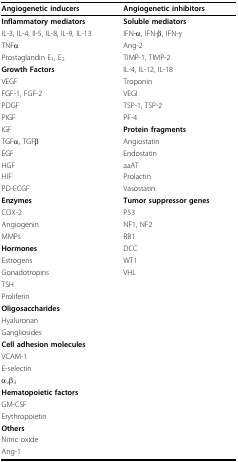
<table><thead><tr><td><b>Angiogenetic inducers</b></td><td><b>Angiogenetic inhibitors</b></td></tr></thead><tbody><tr><td><b>Inflammatory mediators</b></td><td><b>Soluble mediators</b></td></tr><tr><td>IL-3, IL-4, Il-5, IL-8, IL-9, IL-13</td><td>IFN-α, IFN-β, IFN-γ</td></tr><tr><td>TNFα</td><td>Ang-2</td></tr><tr><td>Prostaglandin E<sub>1</sub>, E<sub>2</sub></td><td>TIMP-1, TIMP-2</td></tr><tr><td><b>Growth Factors</b></td><td>IL-4, IL-12, IL-18</td></tr><tr><td>VEGF</td><td>Troponin</td></tr><tr><td>FGF-1, FGF-2</td><td>VEGI</td></tr><tr><td>PDGF</td><td>TSP-1, TSP-2</td></tr><tr><td>PIGF</td><td>PF-4</td></tr><tr><td>IGF</td><td><b>Protein fragments</b></td></tr><tr><td>TGFα, TGFβ</td><td>Angiostatin</td></tr><tr><td>EGF</td><td>Endostatin</td></tr><tr><td>HGF</td><td>aaAT</td></tr><tr><td>HIF</td><td>Prolactin</td></tr><tr><td>PD-ECGF</td><td>Vasostatin</td></tr><tr><td><b>Enzymes</b></td><td><b>Tumor suppressor genes</b></td></tr><tr><td>COX-2</td><td>P53</td></tr><tr><td>Angiogenin</td><td>NF1, NF2</td></tr><tr><td>MMPs</td><td>RB1</td></tr><tr><td><b>Hormones</b></td><td>DCC</td></tr><tr><td>Estrogens</td><td>WT1</td></tr><tr><td>Gonadotropins</td><td>VHL</td></tr><tr><td>TSH</td><td></td></tr><tr><td>Proliferin</td><td></td></tr><tr><td><b>Oligosaccharides</b></td><td></td></tr><tr><td>Hyaluronan</td><td></td></tr><tr><td>Gangliosides</td><td></td></tr><tr><td><b>Cell adhesion molecules</b></td><td></td></tr><tr><td>VCAM-1</td><td></td></tr><tr><td>E-selectin</td><td></td></tr><tr><td>α<sub>v</sub>β<sub>3</sub></td><td></td></tr><tr><td><b>Hematopoietic factors</b></td><td></td></tr><tr><td>GM-CSF</td><td></td></tr><tr><td>Erythropoietin</td><td></td></tr><tr><td><b>Others</b></td><td></td></tr><tr><td>Nitric oxide</td><td></td></tr><tr><td>Ang-1</td><td></td></tr></tbody></table>